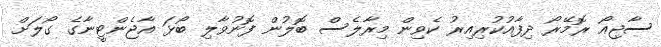
ސާޖިއޯ ރޮމޭރޯ ދިފާއުކުރިއިރު ކެވިން މިރާލެސް ބޮލުން ފޮނުވާލި ބޯޅަ އާޖެންޓީނާގެ ގޯލަށް